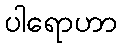
ပါရောဟာ